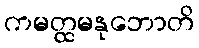
ကမတ္ထမနုဘောတိ